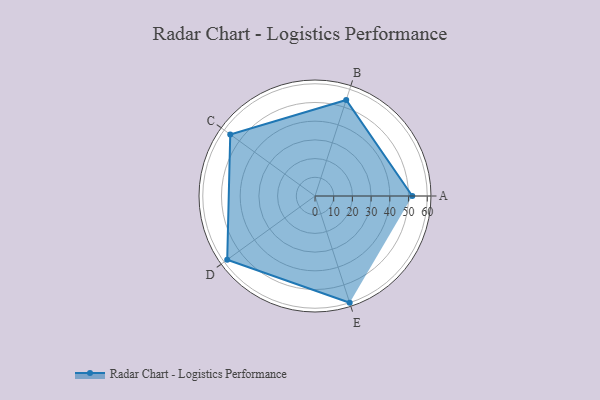
{"axis": {"x": "Skill", "y": "Score"}, "legend": ["Profile"], "data": [{"x": "A", "y": 52.0, "type": "Profile"}, {"x": "B", "y": 54.0, "type": "Profile"}, {"x": "C", "y": 56.0, "type": "Profile"}, {"x": "D", "y": 58.0, "type": "Profile"}, {"x": "E", "y": 60.0, "type": "Profile"}]}